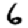
Digit: 6